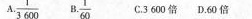
A.\frac{1}{3600} B.\frac{1}{60} C.3600倍 D.60倍